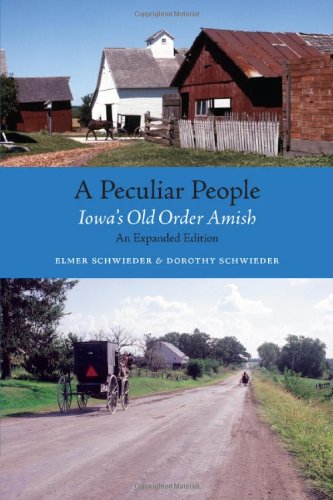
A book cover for A Peculiar People: Iowa's Old Order Amish (Bur Oak Book); Elmer Schwieder; Christian Books & Bibles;